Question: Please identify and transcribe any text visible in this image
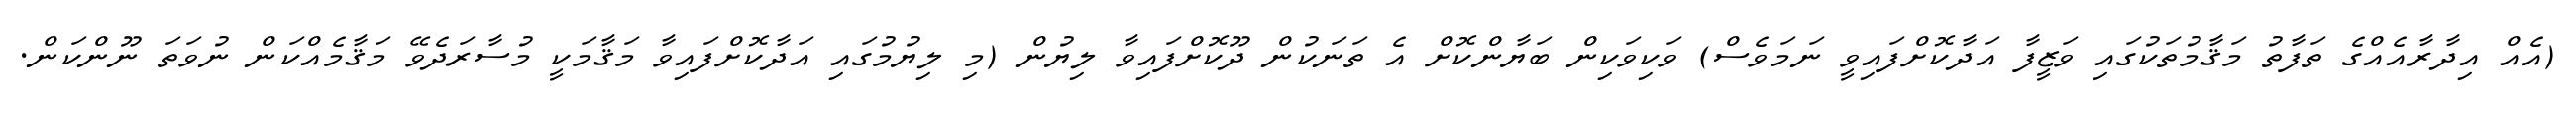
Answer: (އެއް އިދާރާއެއްގެ ތަފާތު މަޤާމުތަކުގައި ވަޒީފާ އަދާކޮށްފައިވީ ނަމަވެސް) ވަކިވަކިން ބަޔާންކޮށް އެ ތަނަކުން ދޫކޮށްފައިވާ ލިޔުން (މި ލިޔުމުގައި އަދާކޮށްފައިވާ މަޤާމަކީ މުސާރަދެވޭ މަޤާމެއްކަން ނުވަތަ ނޫންކަން.